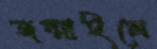
জন্মাইলে